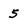
Character: 5